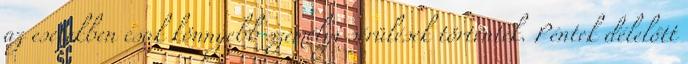
az esetekben csak könnyebb személyi sérülések történtek. Péntek délelőtt